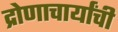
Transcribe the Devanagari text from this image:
द्रोणाचार्यांची